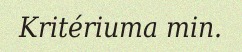
Kritériuma min.